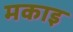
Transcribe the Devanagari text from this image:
मकाइ